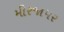
મીરજાપર